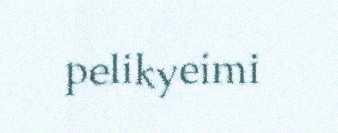
pelikyeimi